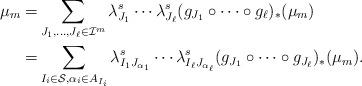
LaTeX: \begin{align*} \mu_m= & \sum_{J_1,\ldots,J_{\ell}\in\mathcal I^m} \lambda_{J_1}^s\cdots \lambda_{J_{\ell}}^s (g_{J_{1}}\circ\cdots\circ g_{\ell})_* (\mu_m) \\ = &\sum_{ I_i\in\mathcal S, \alpha_i\in A_{I_i}} \lambda_{I_1J_{\alpha_1}}^s\cdots \lambda_{I_{\ell}J_{\alpha_{\ell}}}^s (g_{J_{1}}\circ\cdots\circ g_{J_{\ell}})_{*} (\mu_m).\end{align*}